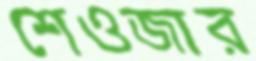
শেওজার